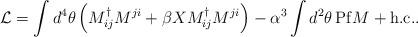
LaTeX: \begin{align*}{\cal L} = \int d^4 \theta \left( M^{\dag}_{ij} M^{ji} + \beta X M^{\dag}_{ij} M^{ji} \right) - \alpha^3 \int d^2 \theta\, {\rm Pf} M + {\rm h.c.}.\end{align*}